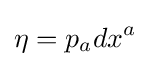
\eta =p_{a}dx^{a}